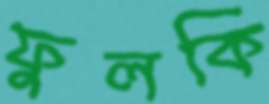
ফুলকি